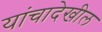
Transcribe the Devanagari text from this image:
यांचादेखील